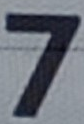
7